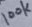
Text: 100K